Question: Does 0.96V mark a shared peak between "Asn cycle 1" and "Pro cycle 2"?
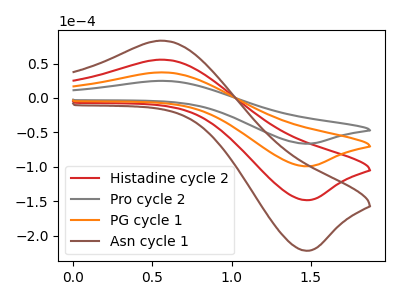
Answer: <think>The red curve "Histadine cycle 2" has an anodic peak at (0.55V, 74.60uA) and a cathodic peak at (1.45V, -198.80uA). The gray curve "Pro cycle 2" has an anodic peak at (0.55V, 24.95uA) and a cathodic peak at (1.45V, -66.50uA). The orange curve "PG cycle 1" has an anodic peak at (0.55V, 37.30uA) and a cathodic peak at (1.45V, -99.40uA). The brown curve "Asn cycle 1" has an anodic peak at (0.55V, 111.90uA) and a cathodic peak at (1.45V, -298.20uA).</think>
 <answer>No, "Asn cycle 1" and "Pro cycle 2" dont share a peak at 0.96V.</answer>
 <eval>mismatch</eval>